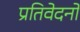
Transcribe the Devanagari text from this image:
प्रतिवेदनो